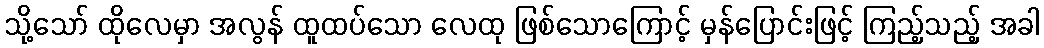
သို့သော် ထိုလေမှာ အလွန် ထူထပ်သော လေထု ဖြစ်သောကြောင့် မှန်ပြောင်းဖြင့် ကြည့်သည့် အခါ